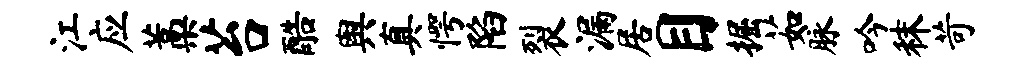
江应藁苔酷舆真愕陷裂漏居目掘茹脉吟秣苛